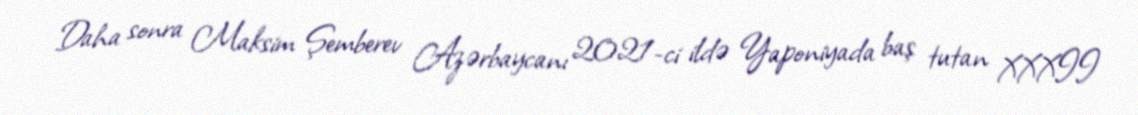
Daha sonra Maksim Şemberev Azərbaycanı 2021-ci ildə Yaponiyada baş tutan XXXII